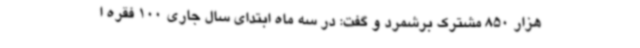
هزار 850 مشترک برشمرد و گفت: در سه ماه ابتدای سال جاری 100 فقره ا